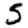
Digit: 5